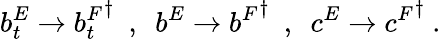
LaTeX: b_{t}^{E}\rightarrow{b_{t}^{F}}^{\dagger}\ \ ,\ \ b^{E}\rightarrow{b^{F}}^{\dagger}\ \ ,\ \ c^{E}\rightarrow{c^{F}}^{\dagger}\ .